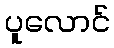
ပူလောင်